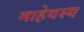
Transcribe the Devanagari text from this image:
माहेयस्य